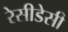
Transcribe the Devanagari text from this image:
रेसीडेसी